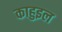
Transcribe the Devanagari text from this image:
काहुइल